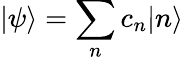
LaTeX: |\psi\rangle=\sum_{n}c_{n}|n\rangle